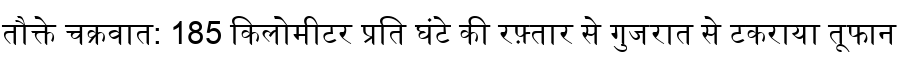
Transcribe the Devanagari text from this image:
तौक्ते चक्रवात: 185 किलोमीटर प्रति घंटे की रफ़्तार से गुजरात से टकराया तूफान